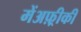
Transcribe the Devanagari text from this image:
मेंअफ़्रीकी